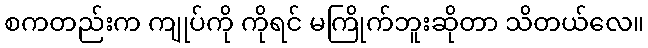
စကတည်းက ကျုပ်ကို ကိုရင် မကြိုက်ဘူးဆိုတာ သိတယ်လေ။